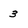
Character: 3